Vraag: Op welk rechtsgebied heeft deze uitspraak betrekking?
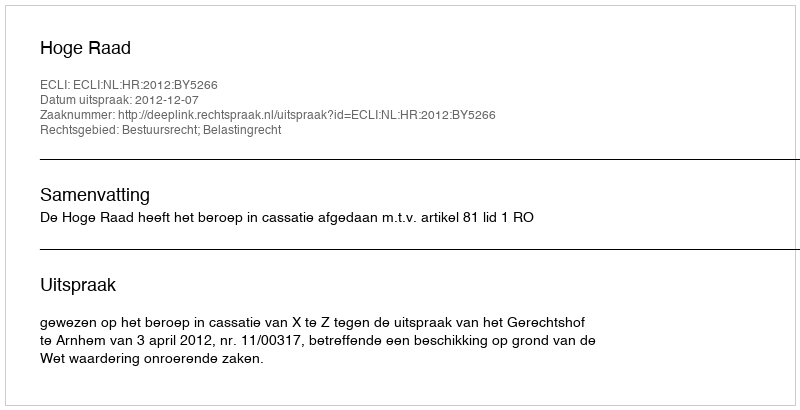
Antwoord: Bestuursrecht; Belastingrecht